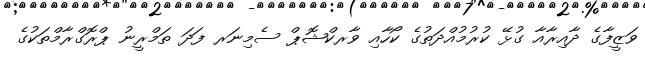
ވަޒީފާގެ ދާއިރާއާ ގުޅޭ ކުރުމުއްދަތުގެ ކޯހާއި ވާރކްޝޮޕް ސެމިނަރ ފަދަ ތަމްރީނު ޕްރޮގްރާމްތަކުގެ